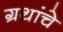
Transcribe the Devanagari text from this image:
ग्रथांचे